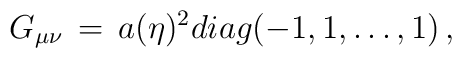
G_{\mu \nu} \, = \, a(\eta)^2 diag(-1, 1,\dots, 1) \, ,